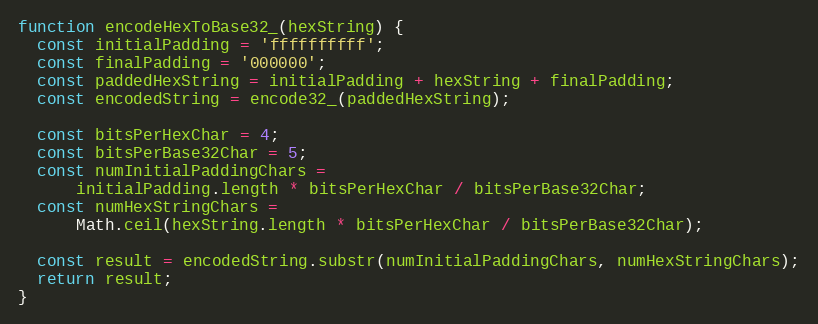
Language: JavaScript
function encodeHexToBase32_(hexString) {
  const initialPadding = 'ffffffffff';
  const finalPadding = '000000';
  const paddedHexString = initialPadding + hexString + finalPadding;
  const encodedString = encode32_(paddedHexString);

  const bitsPerHexChar = 4;
  const bitsPerBase32Char = 5;
  const numInitialPaddingChars =
      initialPadding.length * bitsPerHexChar / bitsPerBase32Char;
  const numHexStringChars =
      Math.ceil(hexString.length * bitsPerHexChar / bitsPerBase32Char);

  const result = encodedString.substr(numInitialPaddingChars, numHexStringChars);
  return result;
}